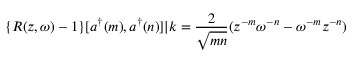
\{ R ( z , \omega ) - 1 \} [ a ^ { \dag } ( m ) , a ^ { \dag } ( n ) ] | k = \frac { 2 } { \sqrt { m n } } ( z ^ { - m } \omega ^ { - n } - \omega ^ { - m } z ^ { - n } )